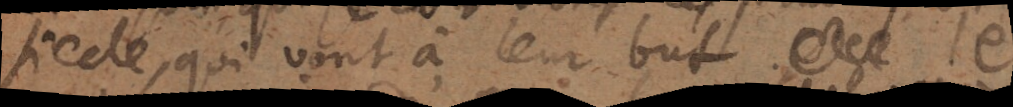
siecle, qui vont à leur but je